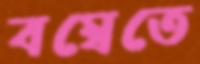
বম্বেতে